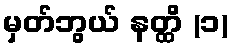
မှတ်ဘွယ် နတ္ထိ (၁)